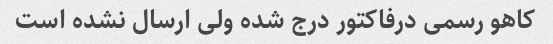
کاهو رسمی در‌فاکتور درج شده ولی ارسال نشده است